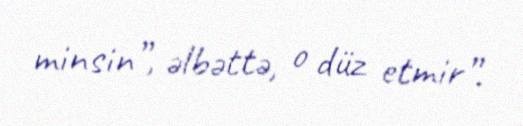
minsin”, əlbəttə, o düz etmir”.